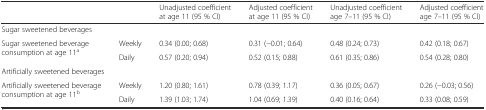
<table><thead><tr><td></td><td></td><td><b>Unadjusted coefficient at age 11 (95 % CI)</b></td><td><b>Adjusted coefficient at age 11 (95 % CI)</b></td><td><b>Unadjusted coefficient age 7–11 (95 % CI)</b></td><td><b>Adjusted coefficient age 7–11 (95 % CI)</b></td></tr></thead><tbody><tr><td colspan="6">Sugar sweetened beverages</td></tr><tr><td rowspan="2">Sugar sweetened beverage consumption at age 11<sup>a</sup></td><td>Weekly</td><td>0.34 (0.00; 0.68)</td><td>0.31 (−0.01; 0.64)</td><td>0.48 (0.24; 0.73)</td><td>0.42 (0.18; 0.67)</td></tr><tr><td>Daily</td><td>0.57 (0.20; 0.94)</td><td>0.52 (0.15; 0.88)</td><td>0.61 (0.35; 0.86)</td><td>0.54 (0.28; 0.80)</td></tr><tr><td colspan="6">Artificially sweetened beverages</td></tr><tr><td rowspan="2">Artificially sweetened beverage consumption at age 11<sup>b</sup></td><td>Weekly</td><td>1.20 (0.80; 1.61)</td><td>0.78 (0.39; 1.17)</td><td>0.36 (0.05; 0.67)</td><td>0.26 (−0.03; 0.56)</td></tr><tr><td>Daily</td><td>1.39 (1.03; 1.74)</td><td>1.04 (0.69; 1.39)</td><td>0.40 (0.16; 0.64)</td><td>0.33 (0.08; 0.59)</td></tr></tbody></table>